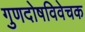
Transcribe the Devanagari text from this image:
गुणदोषविवेचक